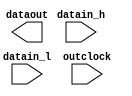
module ddr_o (
	datain_h,
	datain_l,
	outclock,
	dataout);

	input	  datain_h;
	input	  datain_l;
	input	  outclock;
	output	  dataout;

endmodule